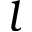
l